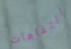
التفاهات